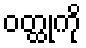
ဝတ္ထုကို